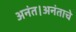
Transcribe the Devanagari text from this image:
अनंत।अनंताचे